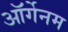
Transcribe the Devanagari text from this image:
ऑर्गेनम